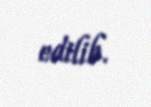
edilib.